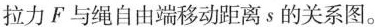
(2)图乙中阴影部分的面积表示的物理量